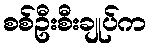
စစ်ဦးစီးချုပ်က